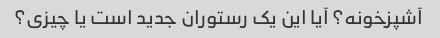
آشپزخونه؟ آیا این یک رستوران جدید است یا چیزی؟